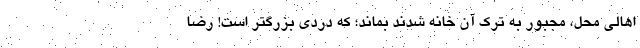
اهالی محل، مجبور به ترک آن خانه شدند بماند؛ که دردی بزرگتر است! رضا